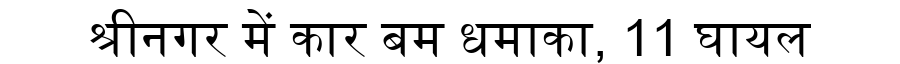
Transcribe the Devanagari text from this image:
श्रीनगर में कार बम धमाका, 11 घायल